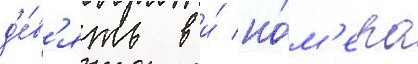
д'е́в'ять в и́ но́м'ера